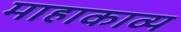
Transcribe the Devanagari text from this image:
माहाकाव्य